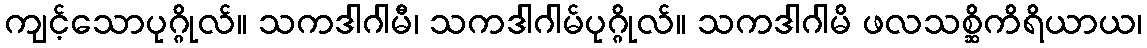
ကျင့်သောပုဂ္ဂိုလ်။ သကဒါဂါမီ၊ သကဒါဂါမ်ပုဂ္ဂိုလ်။ သကဒါဂါမိ ဖလသစ္ဆိကိရိယာယ၊